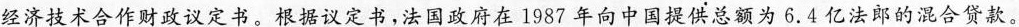
经济技术合作财政议定书。根据议定书，法国政府在1987年向中国提供总额为6.4亿法郎的混合贷款。